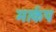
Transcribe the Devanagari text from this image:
मार्कप